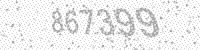
Solution: 867399